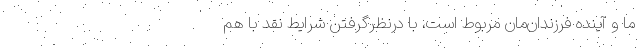
ما و آینده فرزندان‌مان مربوط است، با در‌نظر‌گرفتن شرایط نقد با هم